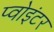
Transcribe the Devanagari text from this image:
प्वोइंटर